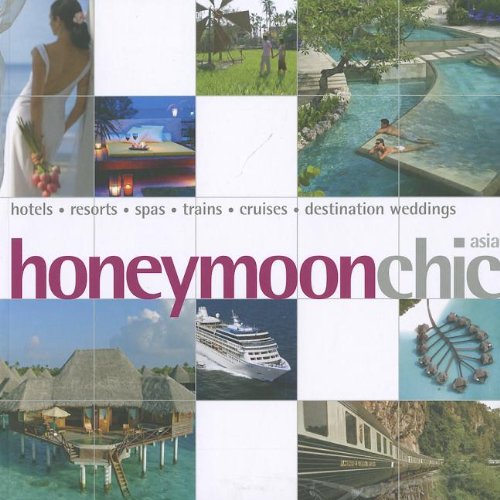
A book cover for Honeymoon Chic (Chic Collection); Editions Didier Millet; Crafts, Hobbies & Home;